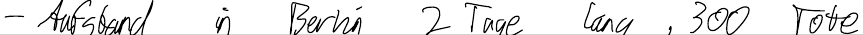
- Aufstand in Berlin 2 Tage lang, 300 Tote